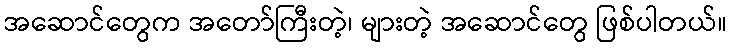
အဆောင်တွေက အတော်ကြီးတဲ့၊ များတဲ့ အဆောင်တွေ ဖြစ်ပါတယ်။